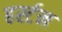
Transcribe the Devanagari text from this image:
हर्स्टन